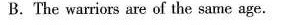
B. The warriors are of the same age .